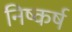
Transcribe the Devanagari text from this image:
निष्कर्ष